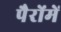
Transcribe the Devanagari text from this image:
पैरोंमें